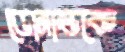
ডোনাল্ডকে